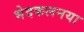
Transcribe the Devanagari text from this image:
भेदकलनया